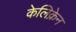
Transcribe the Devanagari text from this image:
केलिक्रेन